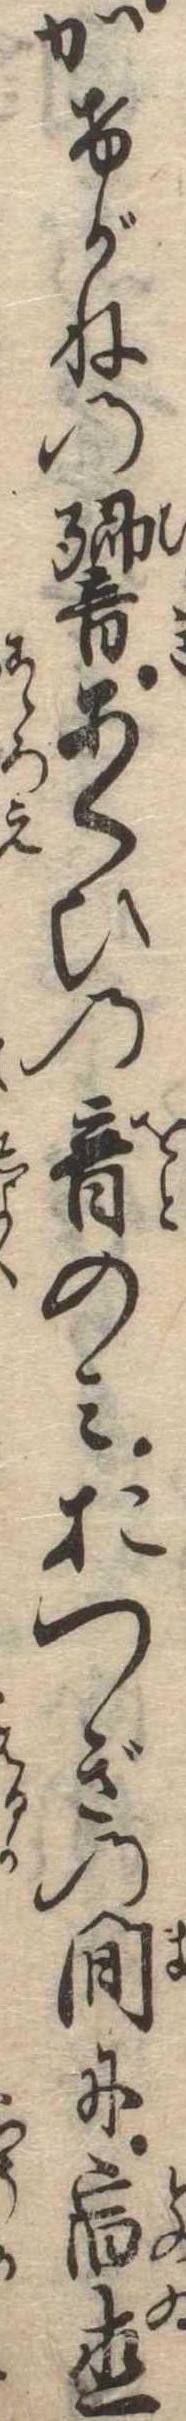
かけがねの響あくひの音のみおつぎの間に宿直